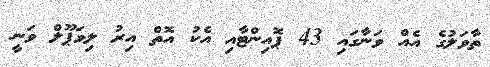
ތާވަލުގެ އެއް ވަނާގައި 43 ޕޮއިންޓާއި އެކު އޮތް އިރު ލިވަޕޫލް ވަނީ